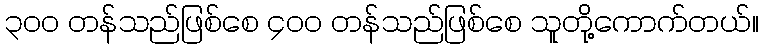
၃၀၀ တန်သည်ဖြစ်စေ ၄၀၀ တန်သည်ဖြစ်စေ သူတို့ကောက်တယ်။